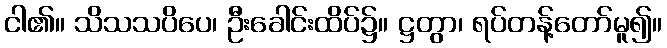
ငါ၏။ သိသသပိပေ၊ ဦးခေါင်းထိပ်၌။ ဋ္ဌတွာ၊ ရပ်တန့်တော်မူ၍။